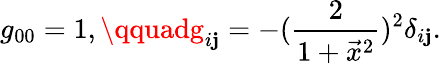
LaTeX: g_{00}=1,\qquadg_{i\mathbf{j}}=-({\frac{{2}}{{1+\vec{{x}}^{2}}}})^{2}\delta_{i\mathbf{j}}.